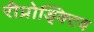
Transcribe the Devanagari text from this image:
रीप्रोड्क्टिव